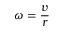
\omega = { \frac { v } { r } }